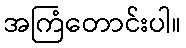
အကြံတောင်းပါ။